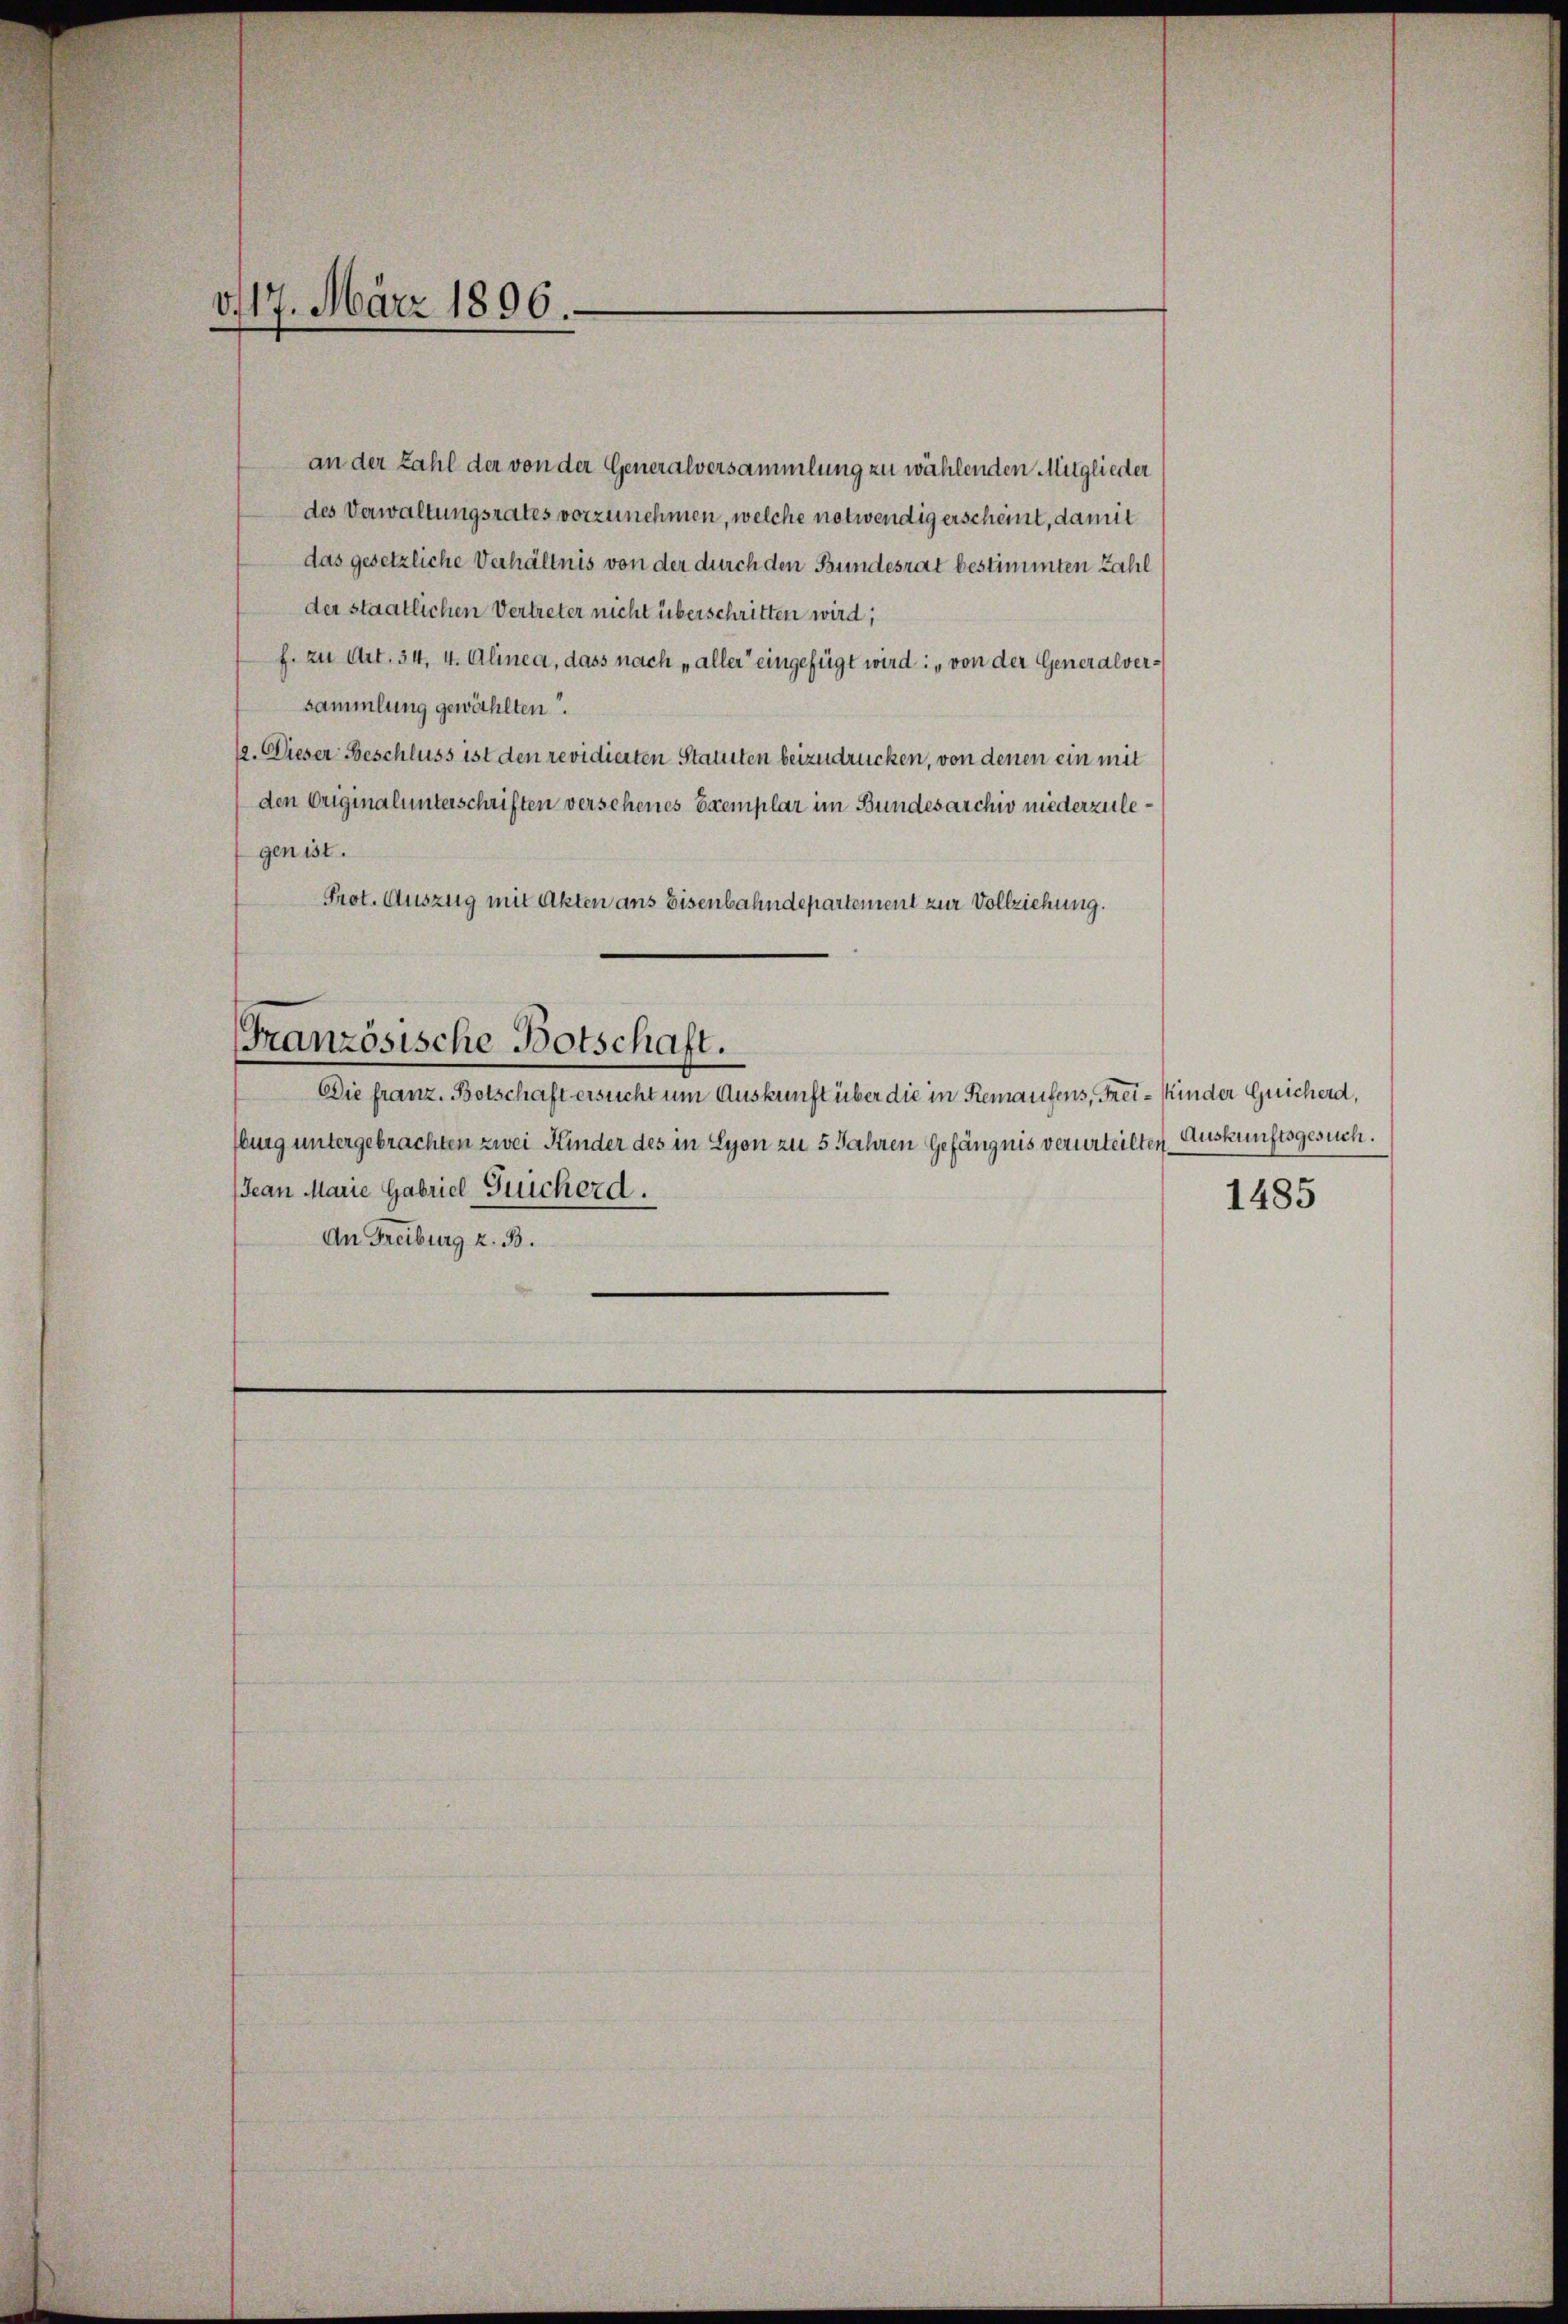
3117. März 1806.

an der Zahl der von der Generalversammlung zu wählenden Mitglieder
des Verwaltungsrates vorzunehmen, welche notwendig erscheint, damit
das gesetzliche Verhältnis von der durch den Bundesrat bestimmten Zahl
der staatlichen Vertreter nicht überschritten wird;
f. zu Art. 34, 4. Alinea, dass nach „aller eingefügt wird: „von der Generalversammlung gewählten.
12. Dieser Beschluss ist den revidierten Statuten beizudrücken, von denen ein mit
den Originalunterschriften versehenes Exemplar im Bundesarchiv niederzulegen ist.
Prot. Auszug mit Akten ans Eisenbahndepartement zur Vollziehung.
Französische Botschaft.
Die franz. Botschaft ersucht um Auskunft über die in Remaufens, Frei-Kinder Guicherd,
burg untergebrachten zwei Kinder des in Lyon zu 5 Jahren Gefängnis verurteilten,
Jean Marie Gabriel Geicherd.
An Freiburg z. B.

Auskunftsgesuch.

1485